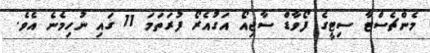
މެންޗެސްޓާ ސިޓީގެ ފޯވާޑް ސާޖިއޯ އަގުއެރޯ ފުރަތަމަ 11 ގައި ނުހިމެނެ އެވެ.